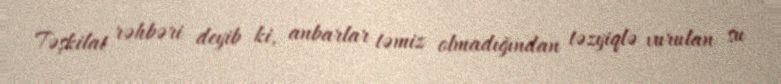
Təşkilat rəhbəri deyib ki, anbarlar təmiz olmadığından təzyiqlə vurulan su